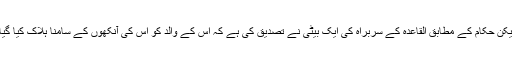
لیکن حکام کے مطابق القاعدہ کے سربراہ کی ایک بیٹی نے تصدیق کی ہے کہ اُس کے والد کو اُس کی آنکھوں کے سامنا ہلاک کیا گیا۔